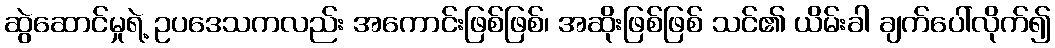
ဆွဲဆောင်မှုရဲ့ ဥပဒေသကလည်း အကောင်းဖြစ်ဖြစ်၊ အဆိုးဖြစ်ဖြစ် သင်၏ ယိမ်းခါ ချက်ပေါ်လိုက်၍